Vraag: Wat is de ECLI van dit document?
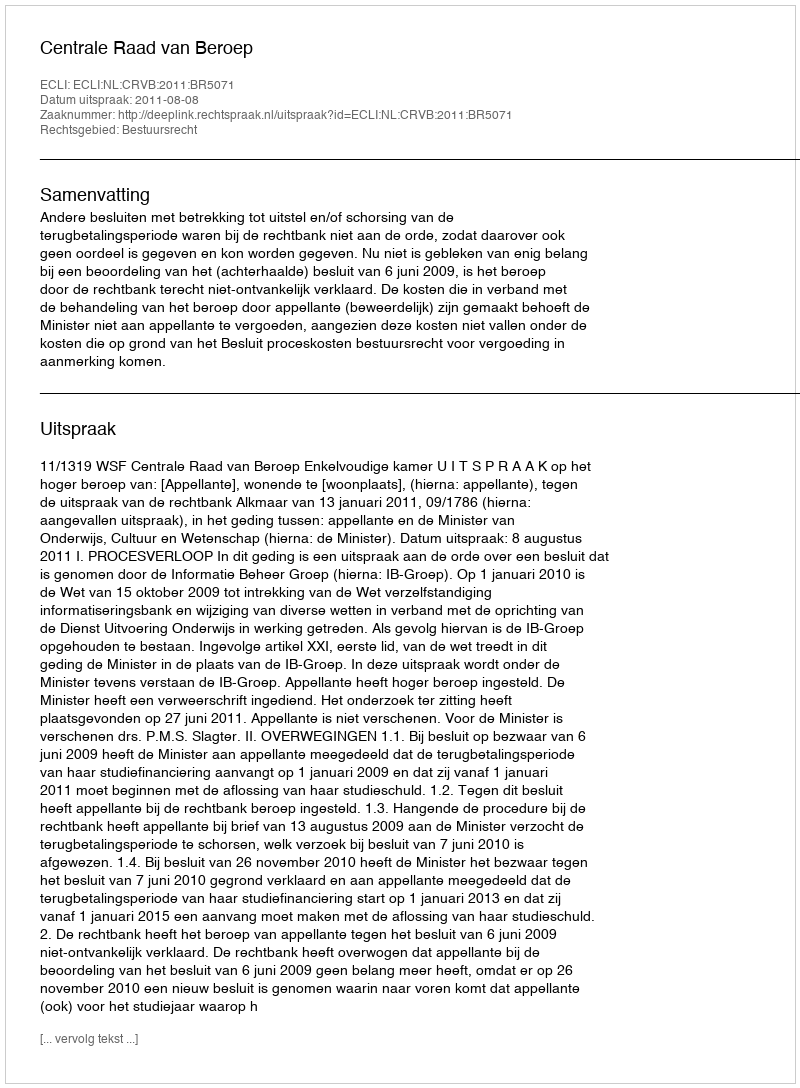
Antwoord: ECLI:NL:CRVB:2011:BR5071